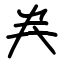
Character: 龹